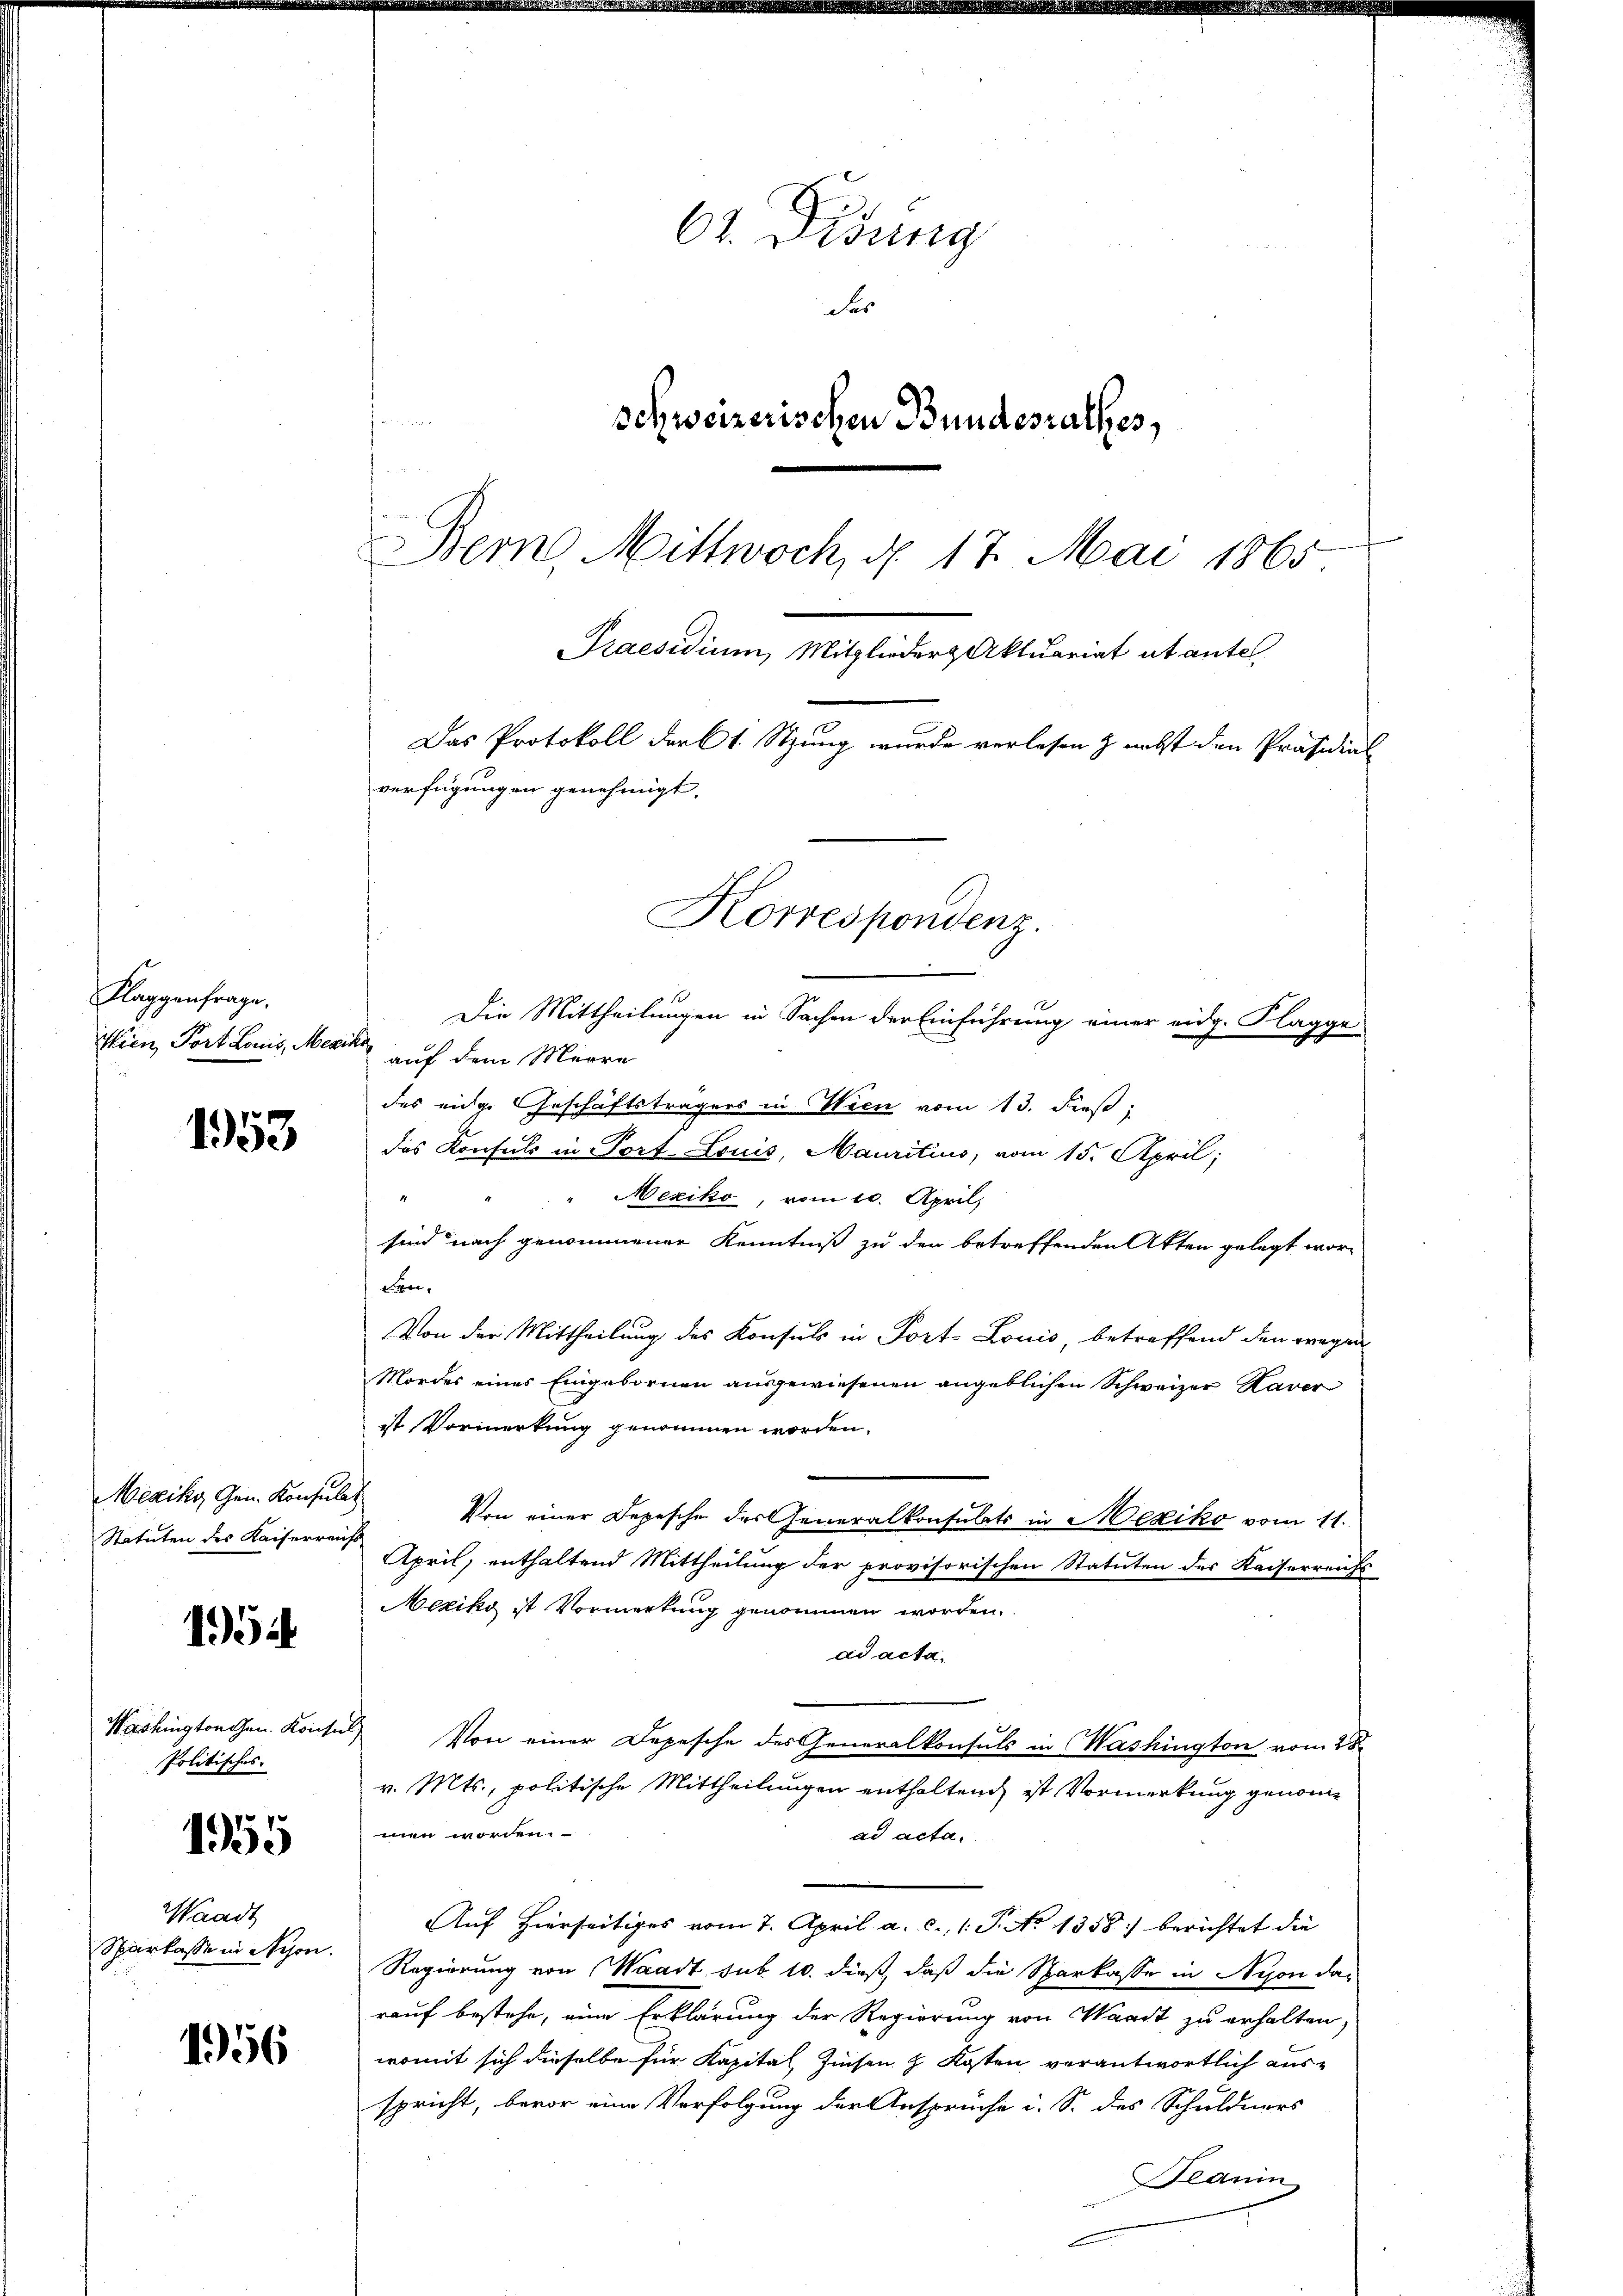
Klaggenfrage.

1953

istien, Port Louis, Mesik auf dem Meere
des eidge Geschäftsträgers in Wien vom 13. dieß,
das Konsuls in Port- Louis, Mauritius, vom 15. April;
Mexiko, vom 10. April,
4
sind nach genommener Kenntniß zu den betreffenden Akten gelegt wor-
Frn,
Von der Mittheilung des Konsuls in Port-Louis, betreffend den wegen
Mordes eines Eingebornen ausgewiesenen angeblichen Schweizer Kaver
ist Vormerkung genommen worden.
Mexiko Gen. Konsulat
Von einer Depesche des Generalkonsulats in Mexiko vom 11.
Statuten des Kaiserreichs
April, enthaltend Mittheilung der provisorischen Statuten des Kaiserreichs
Mexiko ist Vormerkung genommen worden.
154
ad acta.
Washingtonchen Konsul) Von einer Depesche des Generalkonsuls in Washington vom 28.
Politisches.
v. Mts., politische Mittheilungen enthaltend ist Vormerkung genomme
men worden.
ad acta.
1955
Waadt
Auf hierseitiges vom 7. April a. c. 1: P. No 1358) berichtet die
Sparkasse in schon. Regierung von Waadt sub 10. dieß, daß die Sparkasse in Nyon darauf bestehe, eine Erklärung der Regierung von Waadt zu erhalten,
1956
womit sich dieselbe für Kapital Zinsen z. Kosten verantwortlich aus-
spricht, bevor eine Verfolgung der Ansprüche i. S. des Schuldners
Beanin

e
f

61. Disung
des
schweizerischen Bundesrathes,
Bern, Mittwoch, d. 17. Mai 1865
Praesidium, Mitglieder Aktuariat abantel

Das Protokoll der 1 Stung wurde verlesen & nebst den Präsidial

verfügungen genehmigt,
Korrespondenz.
Die Mittheilungen in Sachen der Einführung einer eidg. Klaggeh